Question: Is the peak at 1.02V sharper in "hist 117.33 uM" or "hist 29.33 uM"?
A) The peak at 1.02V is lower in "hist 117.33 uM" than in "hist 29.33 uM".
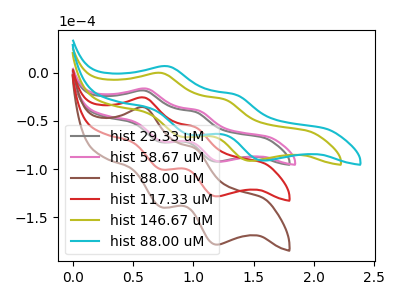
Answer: <think>The gray curve "hist 29.33 uM" has anodic peaks at (0.60V, -18.65uA) (1.00V, -40.75uA) and cathodic peaks at (0.75V, -72.15uA) (1.20V, -92.30uA). The pink curve "hist 58.67 uM" has anodic peaks at (0.60V, -16.70uA) (1.05V, -39.35uA) and cathodic peaks at (0.75V, -71.55uA) (1.25V, -92.20uA). The brown curve "hist 88.00 uM" has anodic peaks at (0.60V, -51.90uA) (1.00V, -113.30uA) and cathodic peaks at (0.75V, -200.60uA) (1.20V, -256.60uA). The red curve "hist 117.33 uM" has anodic peaks at (0.60V, -25.95uA) (1.00V, -56.65uA) and cathodic peaks at (0.75V, -100.30uA) (1.20V, -128.30uA). The olive curve "hist 146.67 uM" has anodic peaks at (0.75V, -0.45uA) (1.25V, -27.75uA) and cathodic peaks at (0.90V, -66.60uA) (1.50V, -91.50uA). The cyan curve "hist 88.00 uM" has anodic peaks at (0.80V, 6.50uA) (1.35V, -22.85uA) and cathodic peaks at (0.95V, -64.50uA) (1.60V, -91.20uA).</think>
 <answer>A) The peak at 1.02V is lower in "hist 117.33 uM" than in "hist 29.33 uM".</answer>
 <eval>A</eval>